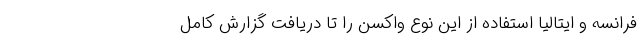
فرانسه و ایتالیا استفاده از این نوع واکسن را تا دریافت گزارش کامل‌